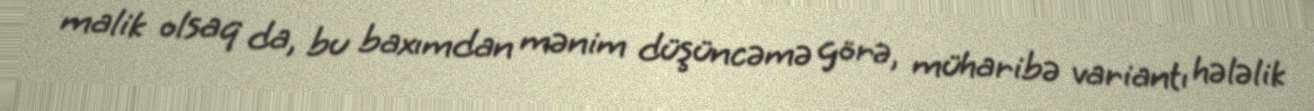
malik olsaq da, bu baxımdan mənim düşüncəmə görə, müharibə variantı hələlik